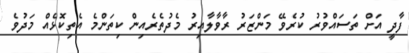
ފާދީ އަށް ތަސައްވުރު ކުރެވޭ މަންޒަރު ރާވާލާއިރު މެދުތެރެއިން ކިތަންމެ އެތިކޮޅެއް މަދުވެ